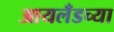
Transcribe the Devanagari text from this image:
आयलँडच्या